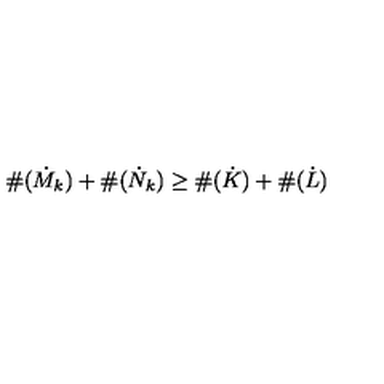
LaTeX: \# ( \dot { M } _ { k } ) + \# ( \dot { N } _ { k } ) \geq \# ( \dot { K } ) + \# ( \dot { L } )